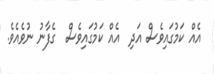
އެއް ކަމުގައިވެސް އަދި  އެއް ކަމުގައިވެސް  ގެފާނު ނުވެއެވެ.